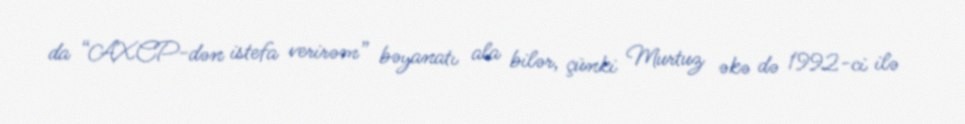
da “AXCP-dən istefa verirəm” bəyanatı ala bilər, çünki Murtuz əkə də 1992-ci ilə